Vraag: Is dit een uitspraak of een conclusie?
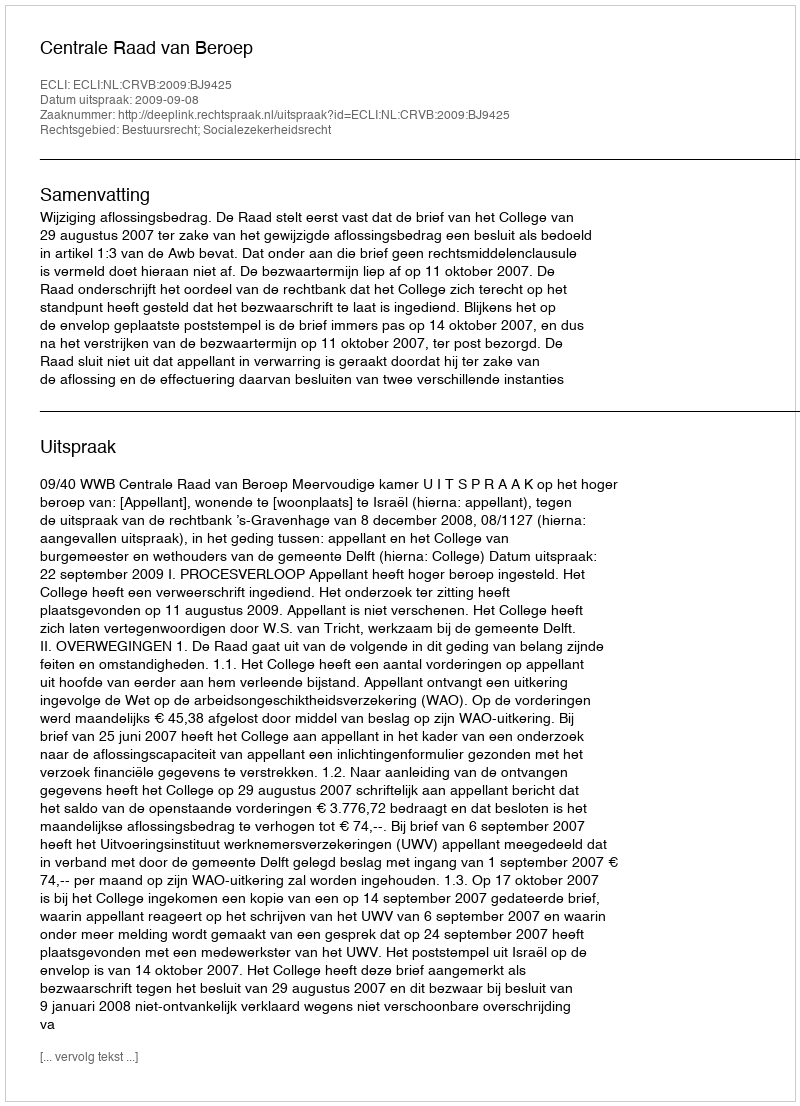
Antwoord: Uitspraak